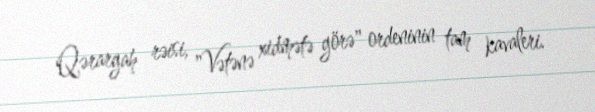
Qərargah rəisi, "Vətənə xidmətə görə" ordeninin tam kavaleri.